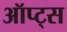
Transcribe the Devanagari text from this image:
ऑप्ट्स